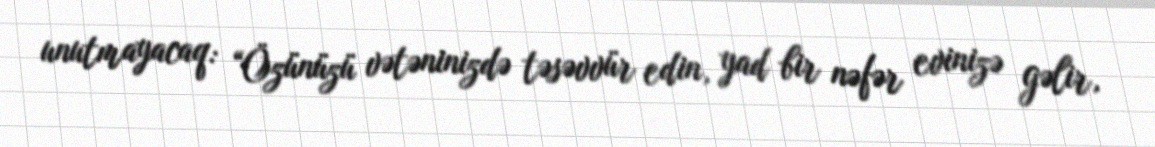
unutmayacaq: “Özünüzü vətəninizdə təsəvvür edin, yad bir nəfər evinizə gəlir,